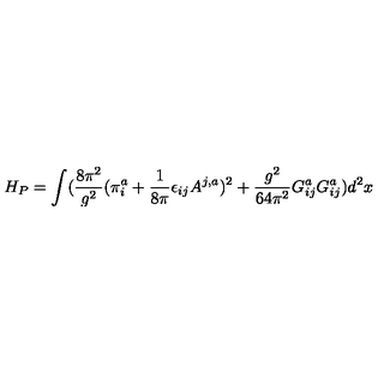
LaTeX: H _ { P } = \int ( \frac { 8 \pi ^ { 2 } } { g ^ { 2 } } ( \pi _ { i } ^ { a } + \frac { 1 } { 8 \pi } \epsilon _ { i j } A ^ { j , a } ) ^ { 2 } + \frac { g ^ { 2 } } { 6 4 \pi ^ { 2 } } G _ { i j } ^ { a } G _ { i j } ^ { a } ) d ^ { 2 } x